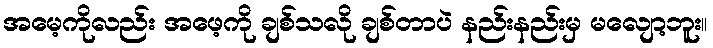
အမေ့ကိုလည်း အဖေ့ကို ချစ်သလို ချစ်တာပဲ နည်းနည်းမှ မလျော့ဘူး။